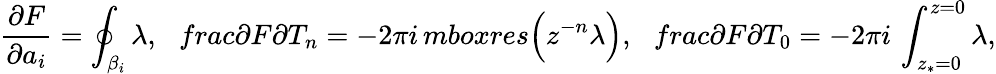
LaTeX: \frac{\partial F}{\partial a_{i}}=\oint_{\beta_{i}}\lambda,\ \ \, frac{\partial F}{\partial T_{n}}=-2\pi i\, mbox{res}\Big(z^{-n}\lambda\Big),\ \ \, frac{\partial F}{\partial T_{0}}=-2\pi i\, \int_{z_{*}=0}^{z=0}\lambda,